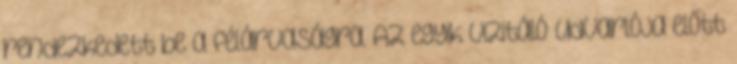
rendezkedett be a félárvaságra. Az egyik vizitáló udvarlója előtt